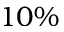
1 0 \%